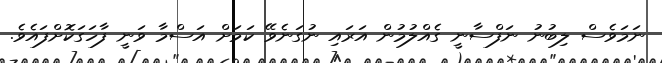
ނަމަވެސް ލިބުނު ނަފްސާނީ ގެއްލުމުން އަރައި ނުގަނެވޭ ކަމަށް އަސްމާ ވަނީ ފާހަގަކޮށްފައެވެ.